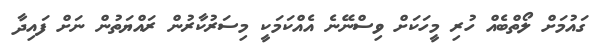
ގައުމަށް ލޯތްބެއް ހުރި މީހަކަށް ވިސްނޭނެ އެއްކަމަކީ މިސަރުކާރުން ރައްޔަތުން ނަށް ފައިދާ